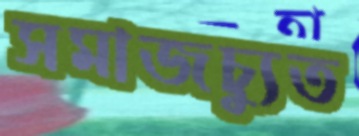
সমাজচ্যুত